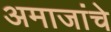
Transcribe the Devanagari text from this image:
अमाजांचे